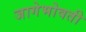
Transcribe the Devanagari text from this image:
जागेभोवती